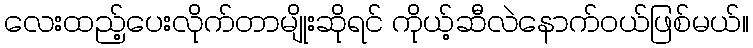
လေးထည့်ပေးလိုက်တာမျိုးဆိုရင် ကိုယ့်ဆီလဲနောက်ဝယ်ဖြစ်မယ်။